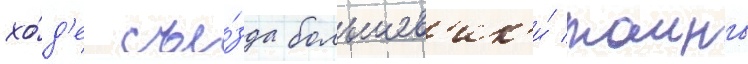
хо́д'е съе́зда большев'ик'и́ таино